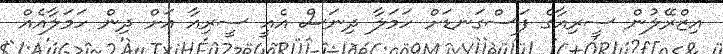
އިޒްރޭލުން ސީރިއާގެ ފަސްގަނޑަށް ހަމަލާ ދިނަސް އެއީ ސީރިއާ އަށް ދިން ހަމަލާއެއް